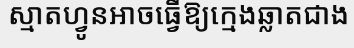
ស្មាតហ្វូនអាចធ្វើឱ្យក្មេងឆ្លាតជាង